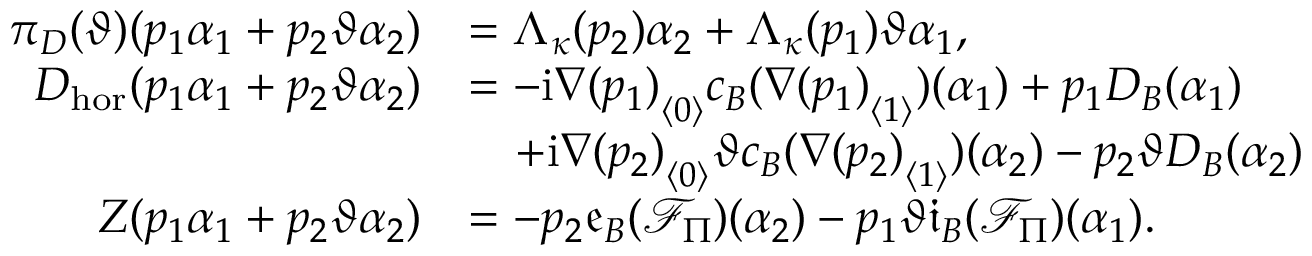
\begin{array} { r l } { \pi _ { D } ( \vartheta ) ( p _ { 1 } \alpha _ { 1 } + p _ { 2 } \vartheta \alpha _ { 2 } ) } & { = \Lambda _ { \kappa } ( p _ { 2 } ) \alpha _ { 2 } + \Lambda _ { \kappa } ( p _ { 1 } ) \vartheta \alpha _ { 1 } , } \\ { D _ { \mathrm { h o r } } ( p _ { 1 } \alpha _ { 1 } + p _ { 2 } \vartheta \alpha _ { 2 } ) } & { = - \mathrm { i } { \nabla ( p _ { 1 } ) } _ { \langle 0 \rangle } c _ { B } ( { \nabla ( p _ { 1 } ) } _ { \langle 1 \rangle } ) ( \alpha _ { 1 } ) + p _ { 1 } D _ { B } ( \alpha _ { 1 } ) } \\ & { \quad + \mathrm { i } { \nabla ( p _ { 2 } ) } _ { \langle 0 \rangle } \vartheta c _ { B } ( { \nabla ( p _ { 2 } ) } _ { \langle 1 \rangle } ) ( \alpha _ { 2 } ) - p _ { 2 } \vartheta D _ { B } ( \alpha _ { 2 } ) } \\ { Z ( p _ { 1 } \alpha _ { 1 } + p _ { 2 } \vartheta \alpha _ { 2 } ) } & { = - p _ { 2 } \mathfrak { e } _ { B } ( \mathcal { F } _ { \Pi } ) ( \alpha _ { 2 } ) - p _ { 1 } \vartheta \mathfrak { i } _ { B } ( \mathcal { F } _ { \Pi } ) ( \alpha _ { 1 } ) . } \end{array}